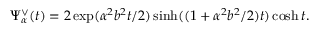
\Psi _ { \alpha } ^ { \vee } ( t ) = 2 \exp ( \alpha ^ { 2 } b ^ { 2 } t / 2 ) \sinh ( ( 1 + \alpha ^ { 2 } b ^ { 2 } / 2 ) t ) \cosh t .